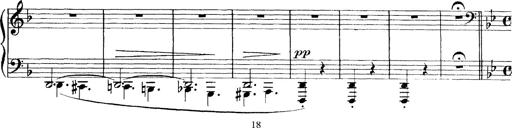
Title: Scherzo und Marsch
Composer: Franz Liszt